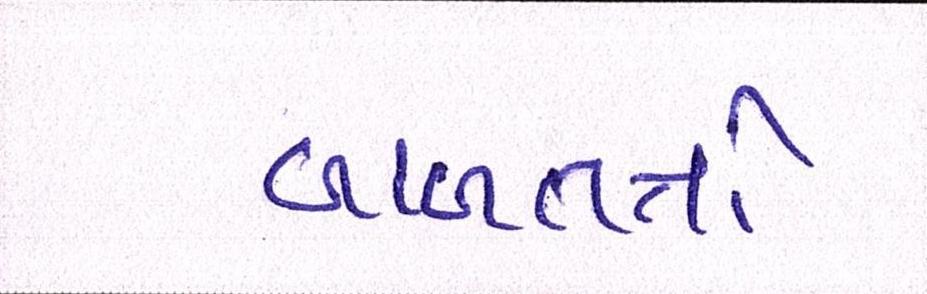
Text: બાબતતો